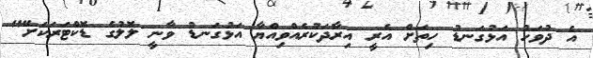
އެ ދުވަހު އަޅުގަނޑު ހިތަށް އެރީ އިރާދަކުރެއްވިއްޔާ އަޅުގަނޑު ވާނީ ލޮލުގެ ޑޮކްޓަރަކަށޭ"